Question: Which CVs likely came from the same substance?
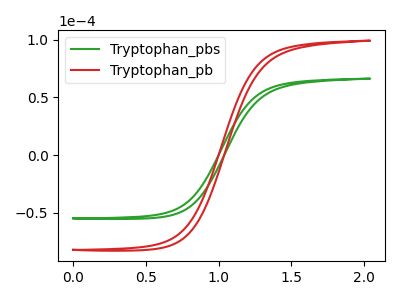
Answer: <think>The green curve "Tryptophan_pbs" has no peaks. The red curve "Tryptophan_pb" has no peaks.
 Neither "Tryptophan_pbs" or "Tryptophan_pb" have any peaks.</think>
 <answer>"Tryptophan_pbs" and "Tryptophan_pb" have the same shape and are likely CV's of the same chemical.</answer>
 <eval>"Tryptophan_pbs" "Tryptophan_pb"</eval>